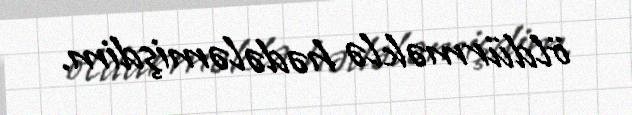
öldürməklə hədələmişdim.